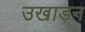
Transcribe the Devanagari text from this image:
उखाड़न